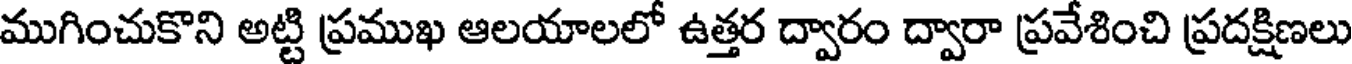
ముగించుకొని అట్టి ప్రముఖ ఆలయాలలో ఉత్తర ద్వారం ద్వారా ప్రవేశించి ప్రదక్షిణలు